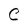
Character: C